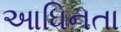
આધિનતા